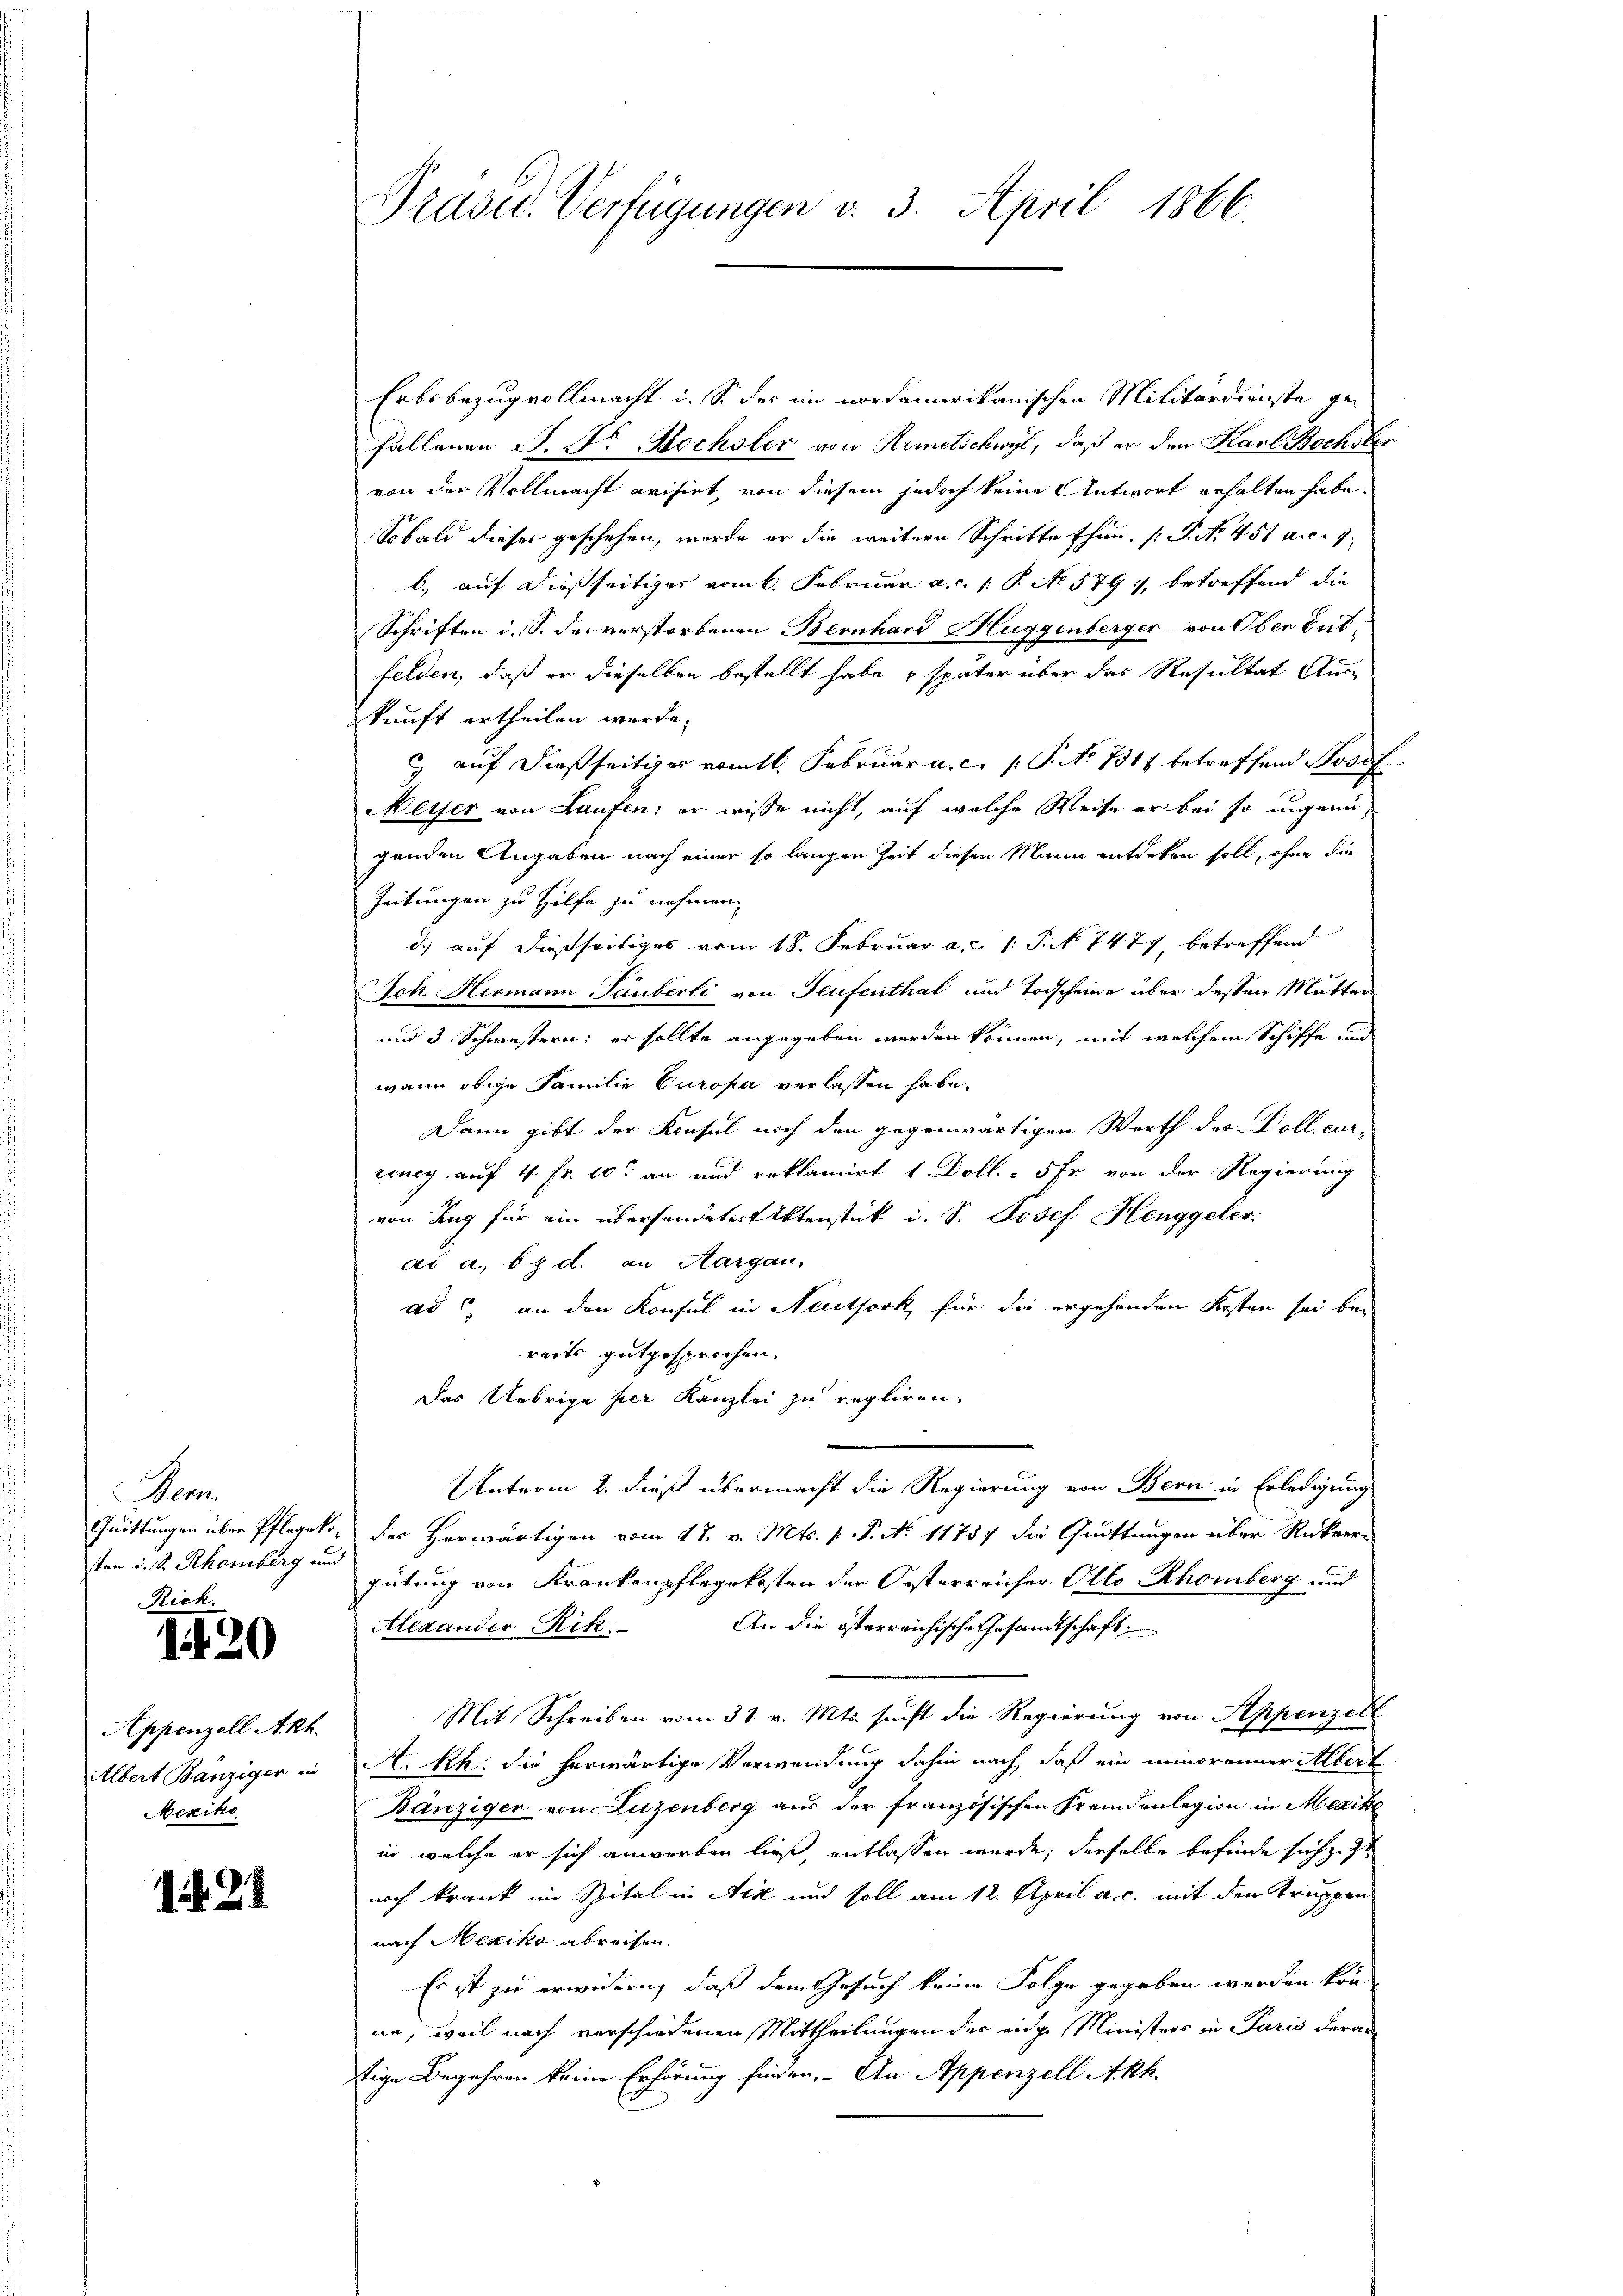
Nem
Quittungen über Pflegekosten u. S. Rhomberg und
Rick.

1420

Appenzell Akh.
Albert Banziger in
Mexiko

1 § 28

Präsid.. Verfügungen v. 3. April 1866.

Erbsbezug vollmacht i. S. der im nordamerikanischen Militärdienste ge¬
Fällenen S. D. Rechsler von Remetschwyl, daß er den Karl Bochober
von der Vollmacht avisirt, von diesem jedoch keine Antwort erhalten habe.
Sobald dieses geschehen, werde er die weitere Schritte thun. /: P. Nr. 451 a.c. 7
b. auf dießseitiges vom 6. Februar a.c. 1 P. No 579, betreffend die
Schriften i. S. des verstorbenen Bernhard Huggenberger von Oben Gutfelden, daß er dieselben bestellt habe später über das Resultat Aus-
zkunft ertheilen werde.
c auf dießseitiger vom 11. Februar a.c. (T. No 731 betreffend Josef
Meyer von Laufen: er wisse nicht, auf welche Weise er bei so ungenügenden Angaben nach einer so langen Zeit diesen Mann entdeken soll, ohne die
Zeitungen zu Hilfe zu nehmen.
d) auf dießseitiges vom 18. Februar a. c. 1 S. N. 7477, betreffend
Ach Hermann Tauberli von Teufenthal und Todscheine über dessen Mutter
und 3 Schwestern: er sollte angegeben werden können, mit welchem Schiffe und
wann obige Familie Europa verlassen habe.
Dann gibt der Konsul noch den gegenwärtigen Werth des Doll cor-
zeney auf 4 Fr. 10 an und reklamirt 1 Doll. - 5 Fr. von der Regierung
von Zug für ein überhandetes Aktenstük i. S. Josef Henggeler.
ad a. b. d. an Aargau.
ad c) an den Konsul in Neuthork, für die ergehenden Kosten sei bei
reits gutgesprochen.
Das Uebrige per Kanzlei zu regliren.
.
Unterm 2. dieß übermacht die Regierung von Bern in Erledigung
Der Herwärtigen vom 17. v. Mts. p. P. No 11757 die Quittungen über Rückvere
gütung von Krankenpflegekosten der Oesterreicher Otto Rhomberg und
An die österreichische Gesandtschaft,
Alexander Rik
Mit Schreiben vom 31. v. Mts. sucht die Regierung von Appenzell
A.Rh. die herwärtige Verwendung dahin nach daß ein minorenner Albert
Bänziger von Luzenberg aus der französischen Fremdenlegion in Mexik
in welche er sich anwerben ließ, entlassen werde, derselbe befinde sich z. Zt
noch krank im Spital in Ack und soll am 12. April a. c. mit den Truppennach Mexiko abreisen.
Es ist zu erwidern, daß dem Gesuch keine Folge gegeben werden kön
ne, weil nach verschiedenen Mittheilungen der eidge Ministers in Paris derau
tige Begehren keine Erhörung finden. An Appenzell Akh.